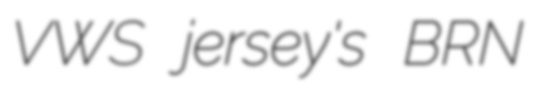
VWS jersey's BRN